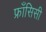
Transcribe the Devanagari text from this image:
फ्राँसिसी